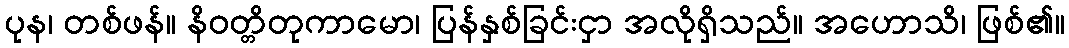
ပုန၊ တစ်ဖန်။ နိဝတ္တိတုကာမော၊ ပြန်နှစ်ခြင်းငှာ အလိုရှိသည်။ အဟောသိ၊ ဖြစ်၏။